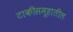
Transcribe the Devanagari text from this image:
टाकीसमूहातील